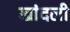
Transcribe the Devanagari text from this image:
खांदली